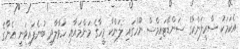
އެކަމަކު ސްރީލަންކާގެ ސަންޑޭޓައިމްސް ނޫހުގައި ލަންކާ މީހާގެ މަންމައާއި ހަވާލާދީ ބުނެފައިވަނީ އެނާގެ